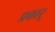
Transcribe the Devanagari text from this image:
प्रकार्